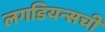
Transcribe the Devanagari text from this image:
लगडियन्सची